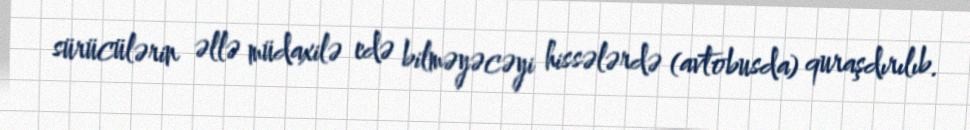
sürücülərin əllə müdaxilə edə bilməyəcəyi hissələrdə (avtobusda) quraşdırılıb.